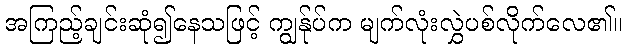
အကြည့်ချင်းဆုံ၍နေသဖြင့် ကျွန်ုပ်က မျက်လုံးလွှဲပစ်လိုက်လေ၏။